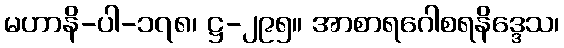
မဟာနိ-ပါ-၁၇၈၊ ဋ္ဌ-၂၉၅။ အာစာရဂေါစရနိဒ္ဒေသ၊